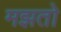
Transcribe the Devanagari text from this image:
मझतो